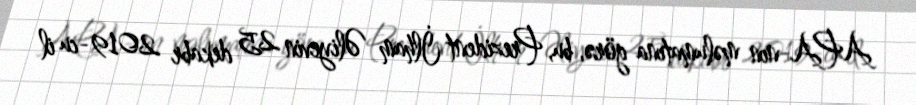
APA-nın məlumatına görə, bu, Prezident İlham Əliyevin 25 dekabr 2019-cu il